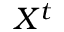
X ^ { t }